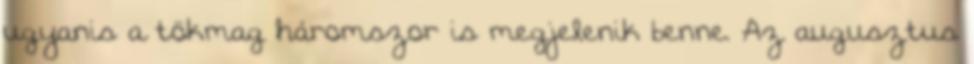
ugyanis a tökmag háromszor is megjelenik benne. Az augusztus